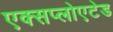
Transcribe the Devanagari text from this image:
एक्सप्लोएटेड